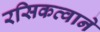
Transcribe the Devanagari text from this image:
रसिकत्वाने